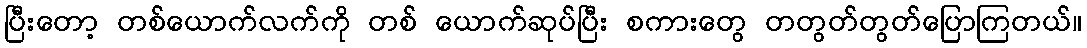
ပြီးတော့ တစ်ယောက်လက်ကို တစ် ယောက်ဆုပ်ပြီး စကားတွေ တတွတ်တွတ်ပြောကြတယ်။